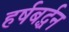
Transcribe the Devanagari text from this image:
हर्षबर्द्धन